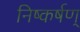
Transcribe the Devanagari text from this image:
निष्कर्षण्